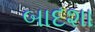
બાદશા